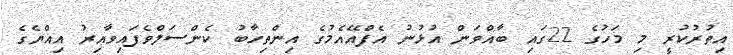
އިތުރުކުރީ މި މަހުގެ 22ގައި ބާއްވަން އުޅުނު އެފްއޭއެމުގެ އިންތިހާބު ކެންސަލްވެފައިވާއިރު އިއްޔެގެ